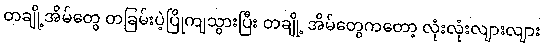
တချို့အိမ်တွေ တခြမ်းပဲ့ပြိုကျသွားပြီး တချို့ အိမ်တွေကတော့ လုံးလုံးလျားလျား